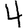
Digit: 4